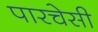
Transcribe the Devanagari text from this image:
पारचेसी